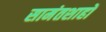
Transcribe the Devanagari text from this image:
सामंतशाहों